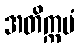
အတိက္ကမံ